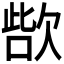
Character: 𣣊